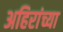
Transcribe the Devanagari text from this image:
अहिरांच्या